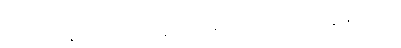
၇။ သော့သွမ်းတတ်လှ၊ လူဗာလ၊ ရာထူးရက-ကျေလွယ်သည်။